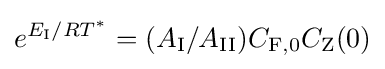
e^{E_{\mathrm {I} }/RT^{*}}=(A_{\mathrm {I} }/A_{\mathrm {II} })C_{\mathrm {F} ,0}C_{\mathrm {Z} }(0)